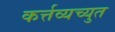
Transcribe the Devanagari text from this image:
कर्त्तव्यच्युत